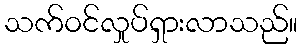
သက်ဝင်လှုပ်ရှားလာသည်။